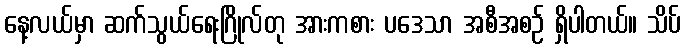
နေ့လယ်မှာ ဆက်သွယ်ရေးဂြိုလ်တု အားကစား ပဒေသာ အစီအစဉ် ရှိပါတယ်။ သိပ်